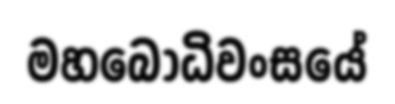
මහබෝධිවංසයේ